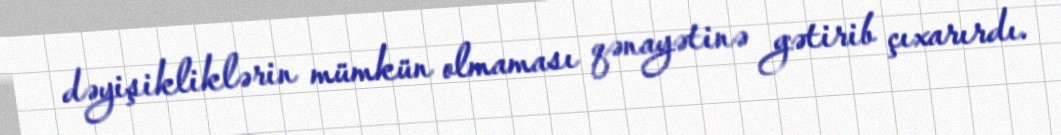
dəyişikliklərin mümkün olmaması qənayətinə gətirib çıxarırdı.